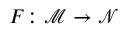
F \colon \mathcal { M } \rightarrow \mathcal { N }